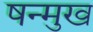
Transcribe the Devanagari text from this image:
षन्मुख